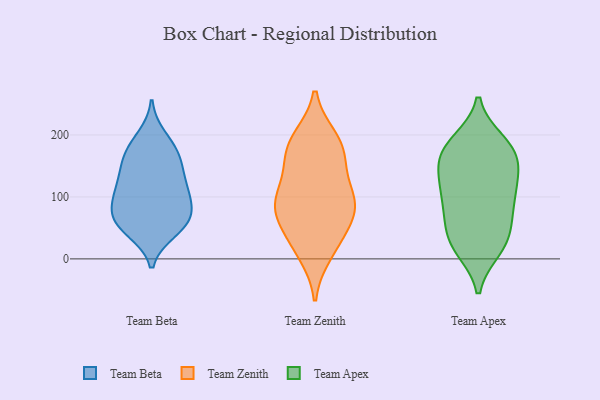
{"axis": {"x": "Customer Acquisition Cost (USD)", "y": "Value"}, "legend": ["Team Apex", "Team Beta", "Team Zenith"], "data": [{"x": "", "y": 62, "type": "Team Beta"}, {"x": "", "y": 197, "type": "Team Beta"}, {"x": "", "y": 71, "type": "Team Beta"}, {"x": "", "y": 45, "type": "Team Beta"}, {"x": "", "y": 111, "type": "Team Beta"}, {"x": "", "y": 100, "type": "Team Beta"}, {"x": "", "y": 127, "type": "Team Beta"}, {"x": "", "y": 128, "type": "Team Beta"}, {"x": "", "y": 48, "type": "Team Beta"}, {"x": "", "y": 165, "type": "Team Beta"}, {"x": "", "y": 106, "type": "Team Beta"}, {"x": "", "y": 162, "type": "Team Beta"}, {"x": "", "y": 69, "type": "Team Beta"}, {"x": "", "y": 157, "type": "Team Beta"}, {"x": "", "y": 57, "type": "Team Beta"}, {"x": "", "y": 86, "type": "Team Beta"}, {"x": "", "y": 182, "type": "Team Beta"}, {"x": "", "y": 26, "type": "Team Zenith"}, {"x": "", "y": 193, "type": "Team Zenith"}, {"x": "", "y": 133, "type": "Team Zenith"}, {"x": "", "y": 185, "type": "Team Zenith"}, {"x": "", "y": 44, "type": "Team Zenith"}, {"x": "", "y": 164, "type": "Team Zenith"}, {"x": "", "y": 84, "type": "Team Zenith"}, {"x": "", "y": 88, "type": "Team Zenith"}, {"x": "", "y": 95, "type": "Team Zenith"}, {"x": "", "y": 80, "type": "Team Zenith"}, {"x": "", "y": 177, "type": "Team Zenith"}, {"x": "", "y": 90, "type": "Team Zenith"}, {"x": "", "y": 10, "type": "Team Zenith"}, {"x": "", "y": 141, "type": "Team Apex"}, {"x": "", "y": 55, "type": "Team Apex"}, {"x": "", "y": 67, "type": "Team Apex"}, {"x": "", "y": 90, "type": "Team Apex"}, {"x": "", "y": 169, "type": "Team Apex"}, {"x": "", "y": 29, "type": "Team Apex"}, {"x": "", "y": 96, "type": "Team Apex"}, {"x": "", "y": 117, "type": "Team Apex"}, {"x": "", "y": 21, "type": "Team Apex"}, {"x": "", "y": 59, "type": "Team Apex"}, {"x": "", "y": 109, "type": "Team Apex"}, {"x": "", "y": 189, "type": "Team Apex"}, {"x": "", "y": 154, "type": "Team Apex"}, {"x": "", "y": 182, "type": "Team Apex"}, {"x": "", "y": 151, "type": "Team Apex"}, {"x": "", "y": 118, "type": "Team Apex"}, {"x": "", "y": 171, "type": "Team Apex"}, {"x": "", "y": 190, "type": "Team Apex"}, {"x": "", "y": 15, "type": "Team Apex"}, {"x": "", "y": 18, "type": "Team Apex"}]}